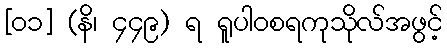
[၀၁] (နိ၊ ၄၄၉) ရ ရူပါဝစရကုသိုလ်အဖွင့်